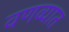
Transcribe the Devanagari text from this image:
वणव्यात